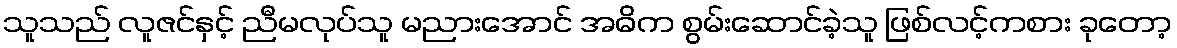
သူသည် လူဇင်နှင့် ညီမလုပ်သူ မညားအောင် အဓိက စွမ်းဆောင်ခဲ့သူ ဖြစ်လင့်ကစား ခုတော့